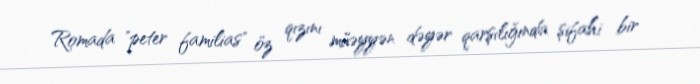
Romada "peter familias" öz qızını müəyyən dəyər qarşılığında şifahi bir